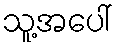
သူ့အပေါ်